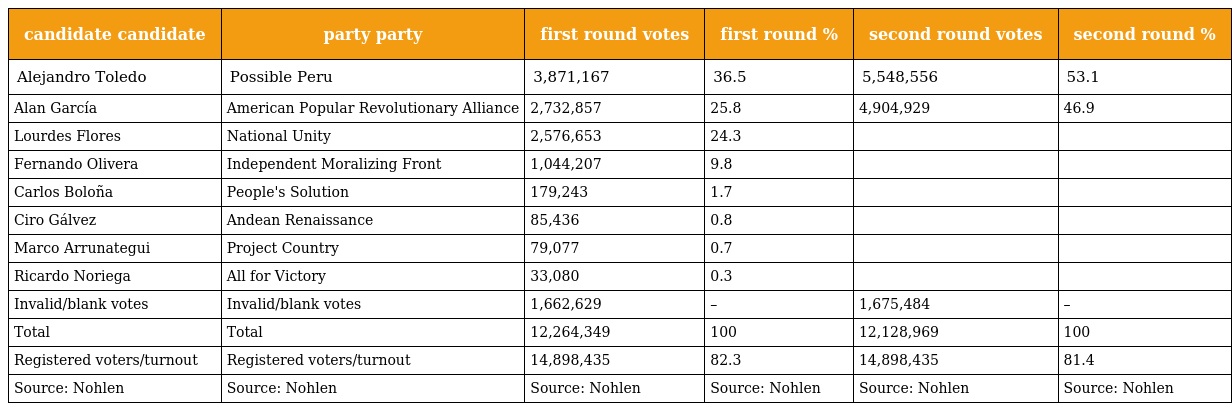
| candidate candidate | party party | first round votes | first round % | second round votes | second round % |
 | --- | --- | --- | --- | --- | --- |
 | Alejandro Toledo | Possible Peru | 3,871,167 | 36.5 | 5,548,556 | 53.1 |
 | Alan García | American Popular Revolutionary Alliance | 2,732,857 | 25.8 | 4,904,929 | 46.9 |
 | Lourdes Flores | National Unity | 2,576,653 | 24.3 |  |  |
 | Fernando Olivera | Independent Moralizing Front | 1,044,207 | 9.8 |  |  |
 | Carlos Boloña | People's Solution | 179,243 | 1.7 |  |  |
 | Ciro Gálvez | Andean Renaissance | 85,436 | 0.8 |  |  |
 | Marco Arrunategui | Project Country | 79,077 | 0.7 |  |  |
 | Ricardo Noriega | All for Victory | 33,080 | 0.3 |  |  |
 | Invalid/blank votes | Invalid/blank votes | 1,662,629 | – | 1,675,484 | – |
 | Total | Total | 12,264,349 | 100 | 12,128,969 | 100 |
 | Registered voters/turnout | Registered voters/turnout | 14,898,435 | 82.3 | 14,898,435 | 81.4 |
 | Source: Nohlen | Source: Nohlen | Source: Nohlen | Source: Nohlen | Source: Nohlen | Source: Nohlen |